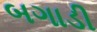
બગાડી